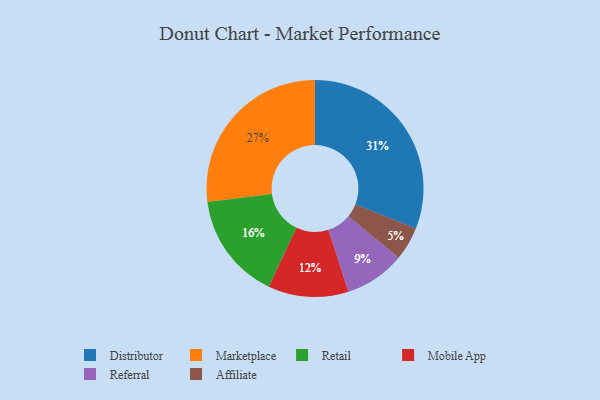
{"axis": {"x": "Category", "y": "Percentage"}, "legend": ["Affiliate", "Distributor", "Marketplace", "Mobile App", "Referral", "Retail"], "data": [{"x": "Distributor", "y": 31, "type": "Distributor"}, {"x": "Referral", "y": 9, "type": "Referral"}, {"x": "Retail", "y": 16, "type": "Retail"}, {"x": "Marketplace", "y": 27, "type": "Marketplace"}, {"x": "Mobile App", "y": 12, "type": "Mobile App"}, {"x": "Affiliate", "y": 5, "type": "Affiliate"}]}